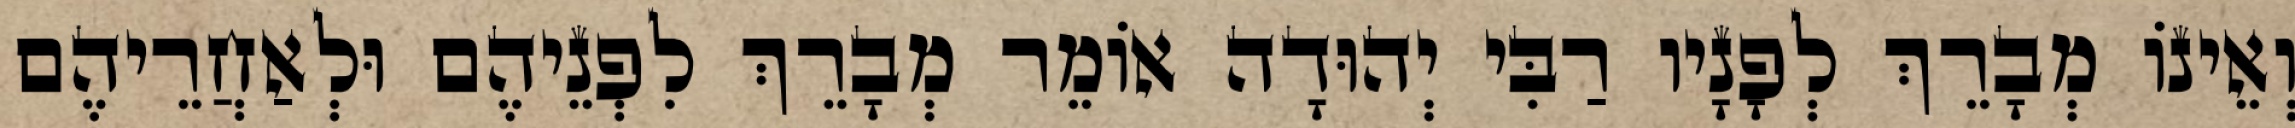
וְאֵינוֹ מְבָרֵךְ לְפָנָיו רַבִּי יְהוּדָה אוֹמֵר מְבָרֵךְ לִפְנֵיהֶם וּלְאַחֲרֵיהֶם